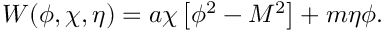
W ( \phi , \chi , \eta ) = a \chi \left[ \phi ^ { 2 } - M ^ { 2 } \right] + m \eta \phi .